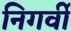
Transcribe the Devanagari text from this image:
निगर्वी